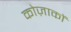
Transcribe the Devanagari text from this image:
कोज़ाकों